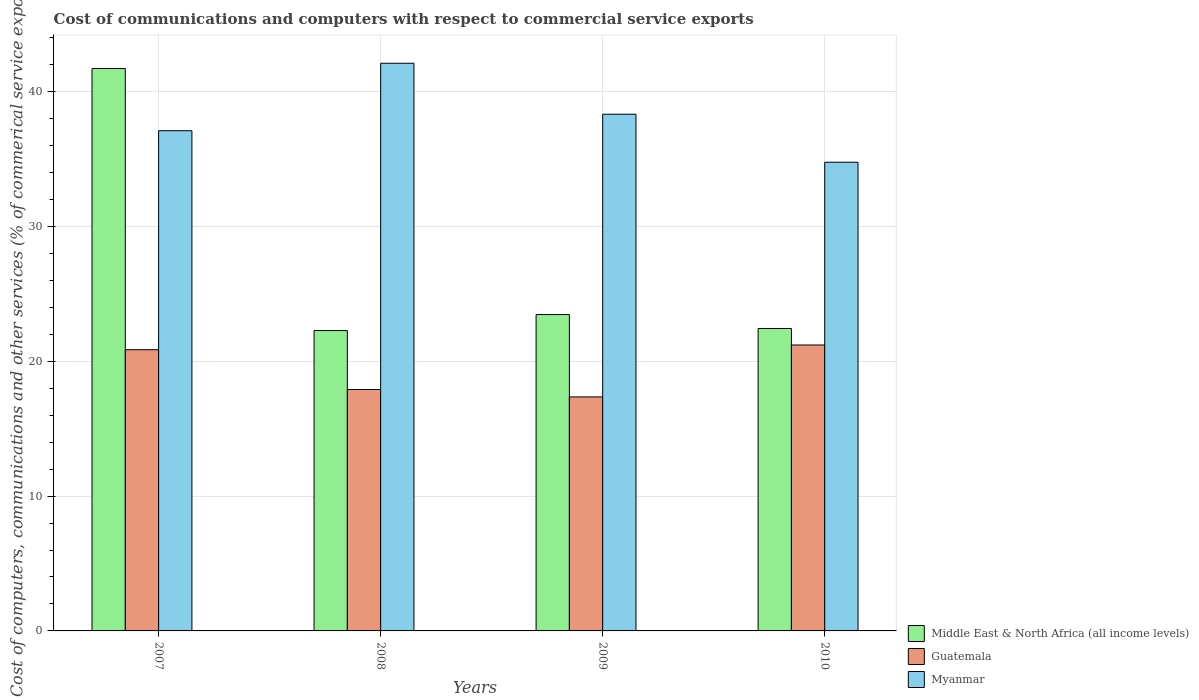
| Years | Middle East & North Africa (all income levels) | Guatemala | Myanmar |
 | --- | --- | --- | --- |
 | 2007 | 41.7 | 20.9 | 37.1 |
 | 2008 | 22.3 | 17.9 | 42.1 |
 | 2009 | 23.5 | 17.4 | 38.3 |
 | 2010 | 22.4 | 21.2 | 34.8 |